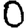
Digit: 0